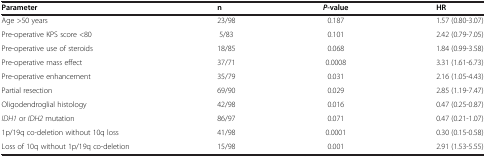
<table><thead><tr><td><b>Parameter</b></td><td><b>n</b></td><td><b><i>P</i>-value</b></td><td><b>HR</b></td></tr></thead><tbody><tr><td>Age &gt;50 years</td><td>23/98</td><td>0.187</td><td>1.57 (0.80-3.07)</td></tr><tr><td>Pre-operative KPS score &lt;80</td><td>5/83</td><td>0.101</td><td>2.42 (0.79-7.05)</td></tr><tr><td>Pre-operative use of steroids</td><td>18/85</td><td>0.068</td><td>1.84 (0.99-3.58)</td></tr><tr><td>Pre-operative mass effect</td><td>37/71</td><td>0.0008</td><td>3.31 (1.61-6.73)</td></tr><tr><td>Pre-operative enhancement</td><td>35/79</td><td>0.031</td><td>2.16 (1.05-4.43)</td></tr><tr><td>Partial resection</td><td>69/90</td><td>0.029</td><td>2.85 (1.19-7.47)</td></tr><tr><td>Oligodendroglial histology</td><td>42/98</td><td>0.016</td><td>0.47 (0.25-0.87)</td></tr><tr><td><i>IDH1</i> or <i>IDH2</i> mutation</td><td>86/97</td><td>0.071</td><td>0.47 (0.21-1.07)</td></tr><tr><td>1p/19q co-deletion without 10q loss</td><td>41/98</td><td>0.0001</td><td>0.30 (0.15-0.58)</td></tr><tr><td>Loss of 10q without 1p/19q co-deletion</td><td>15/98</td><td>0.001</td><td>2.91 (1.53-5.55)</td></tr></tbody></table>